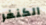
الكنغر